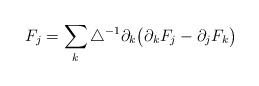
LaTeX: \begin{align*}F_j = \sum_k \triangle^{-1}\partial_k\big(\partial_k F_j - \partial_j F_k\big)\end{align*}